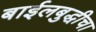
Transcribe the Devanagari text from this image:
बाईलबुद्धीचा